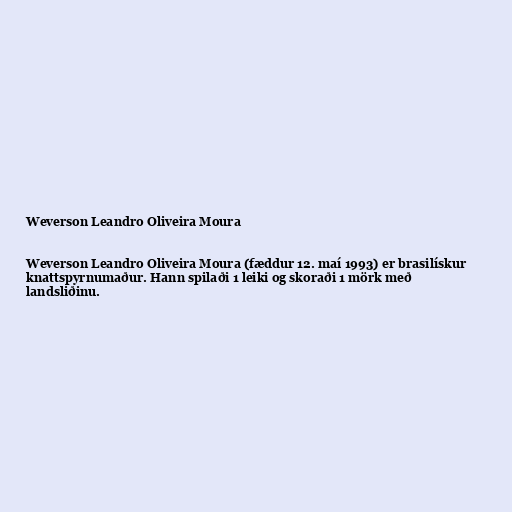
Weverson Leandro Oliveira Moura

Weverson Leandro Oliveira Moura (fæddur 12. maí 1993) er brasilískur
knattspyrnumaður. Hann spilaði 1 leiki og skoraði 1 mörk með
landsliðinu.